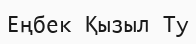
Еңбек Қызыл Ту